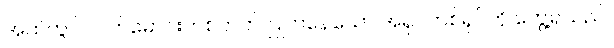
အထဲတွင် လက်မောင်းတစ်ဘက် ပြုတ်နေသော အရုပ်တစ်ရုပ်ကို တွေ့ရသည်။